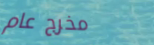
مخرج عام